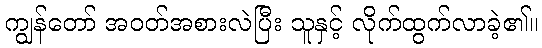
ကျွန်တော် အဝတ်အစားလဲပြီး သူနှင့် လိုက်ထွက်လာခဲ့၏။